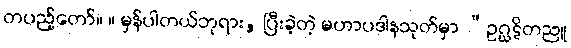
တပည့်တော်။ ။ မှန်ပါတယ်ဘုရား, ပြီးခဲ့တဲ့ မဟာပဒါနသုတ်မှာ “ဥဂ္ဃဋိတညူ